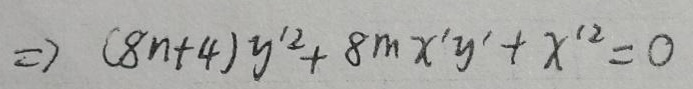
$\Rightarrow (8n + 4)y'^{2}+8mx'y'+x'^{2}=0$